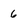
Character: 6